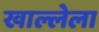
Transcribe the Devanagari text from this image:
खाल्लेला